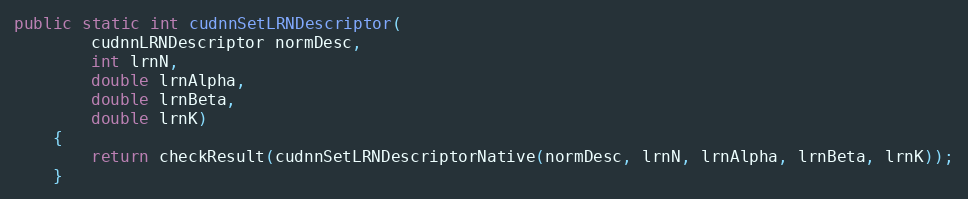
Language: Java
public static int cudnnSetLRNDescriptor(
        cudnnLRNDescriptor normDesc,
        int lrnN,
        double lrnAlpha,
        double lrnBeta,
        double lrnK)
    {
        return checkResult(cudnnSetLRNDescriptorNative(normDesc, lrnN, lrnAlpha, lrnBeta, lrnK));
    }